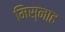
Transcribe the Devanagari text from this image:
मिस्नाह